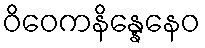
ဝိဝေကနိန္နေနေဝ